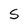
Character: S